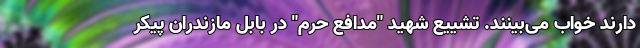
دارند خواب می‌بینند. تشییع شهید "مدافع حرم" در بابل مازندران پیکر